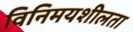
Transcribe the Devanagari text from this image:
विनिमयशीलता